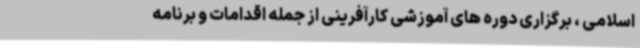
اسلامی ، برگزاری دوره های آموزشی کارآفرینی از جمله اقدامات و برنامه